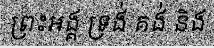
ព្រះអង្គ ទ្រង់ គង់ និង